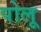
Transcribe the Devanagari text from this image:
पोलू